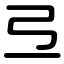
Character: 弖